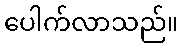
ပေါက်လာသည်။